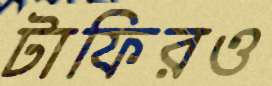
টাফিরও